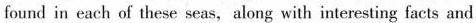
found in each of these seas, along with interesting facts and